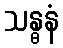
သန္ဓနံ